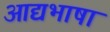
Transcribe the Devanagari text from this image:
आद्यभाषा